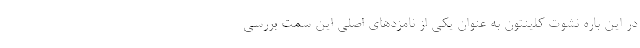
در این باره نشوت کلینتون به عنوان یکی از نامزد‌های اصلی این سمت بررسی